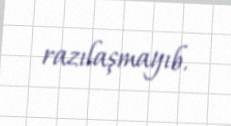
razılaşmayıb.